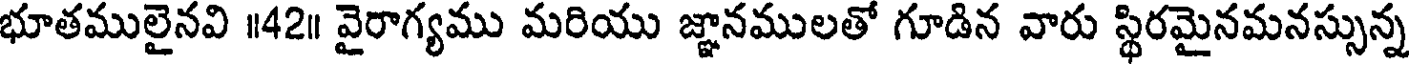
భూతములైనవి ॥42॥ వైరాగ్యము మరియు జ్ఞానములతో గూడిన వారు స్థిరమైనమనస్సున్న